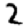
Digit: 2